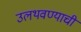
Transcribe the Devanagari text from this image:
उलथवण्याची